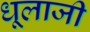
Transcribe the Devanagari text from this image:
धूलाजी